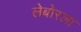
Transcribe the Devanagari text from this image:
लेबोरला